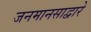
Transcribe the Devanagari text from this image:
जनमानसाद्वारे